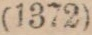
(1372)